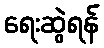
ရေးဆွဲရန်